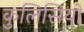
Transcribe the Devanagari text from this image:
कुलिसियों